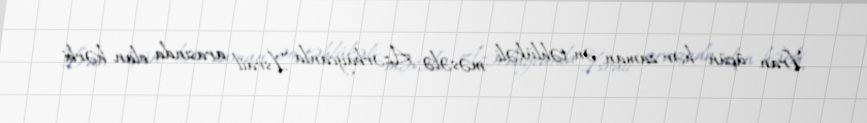
İran üçün hər zaman ən təhlükəli məsələ Azərbaycanla İsrail arasında olan hərbi